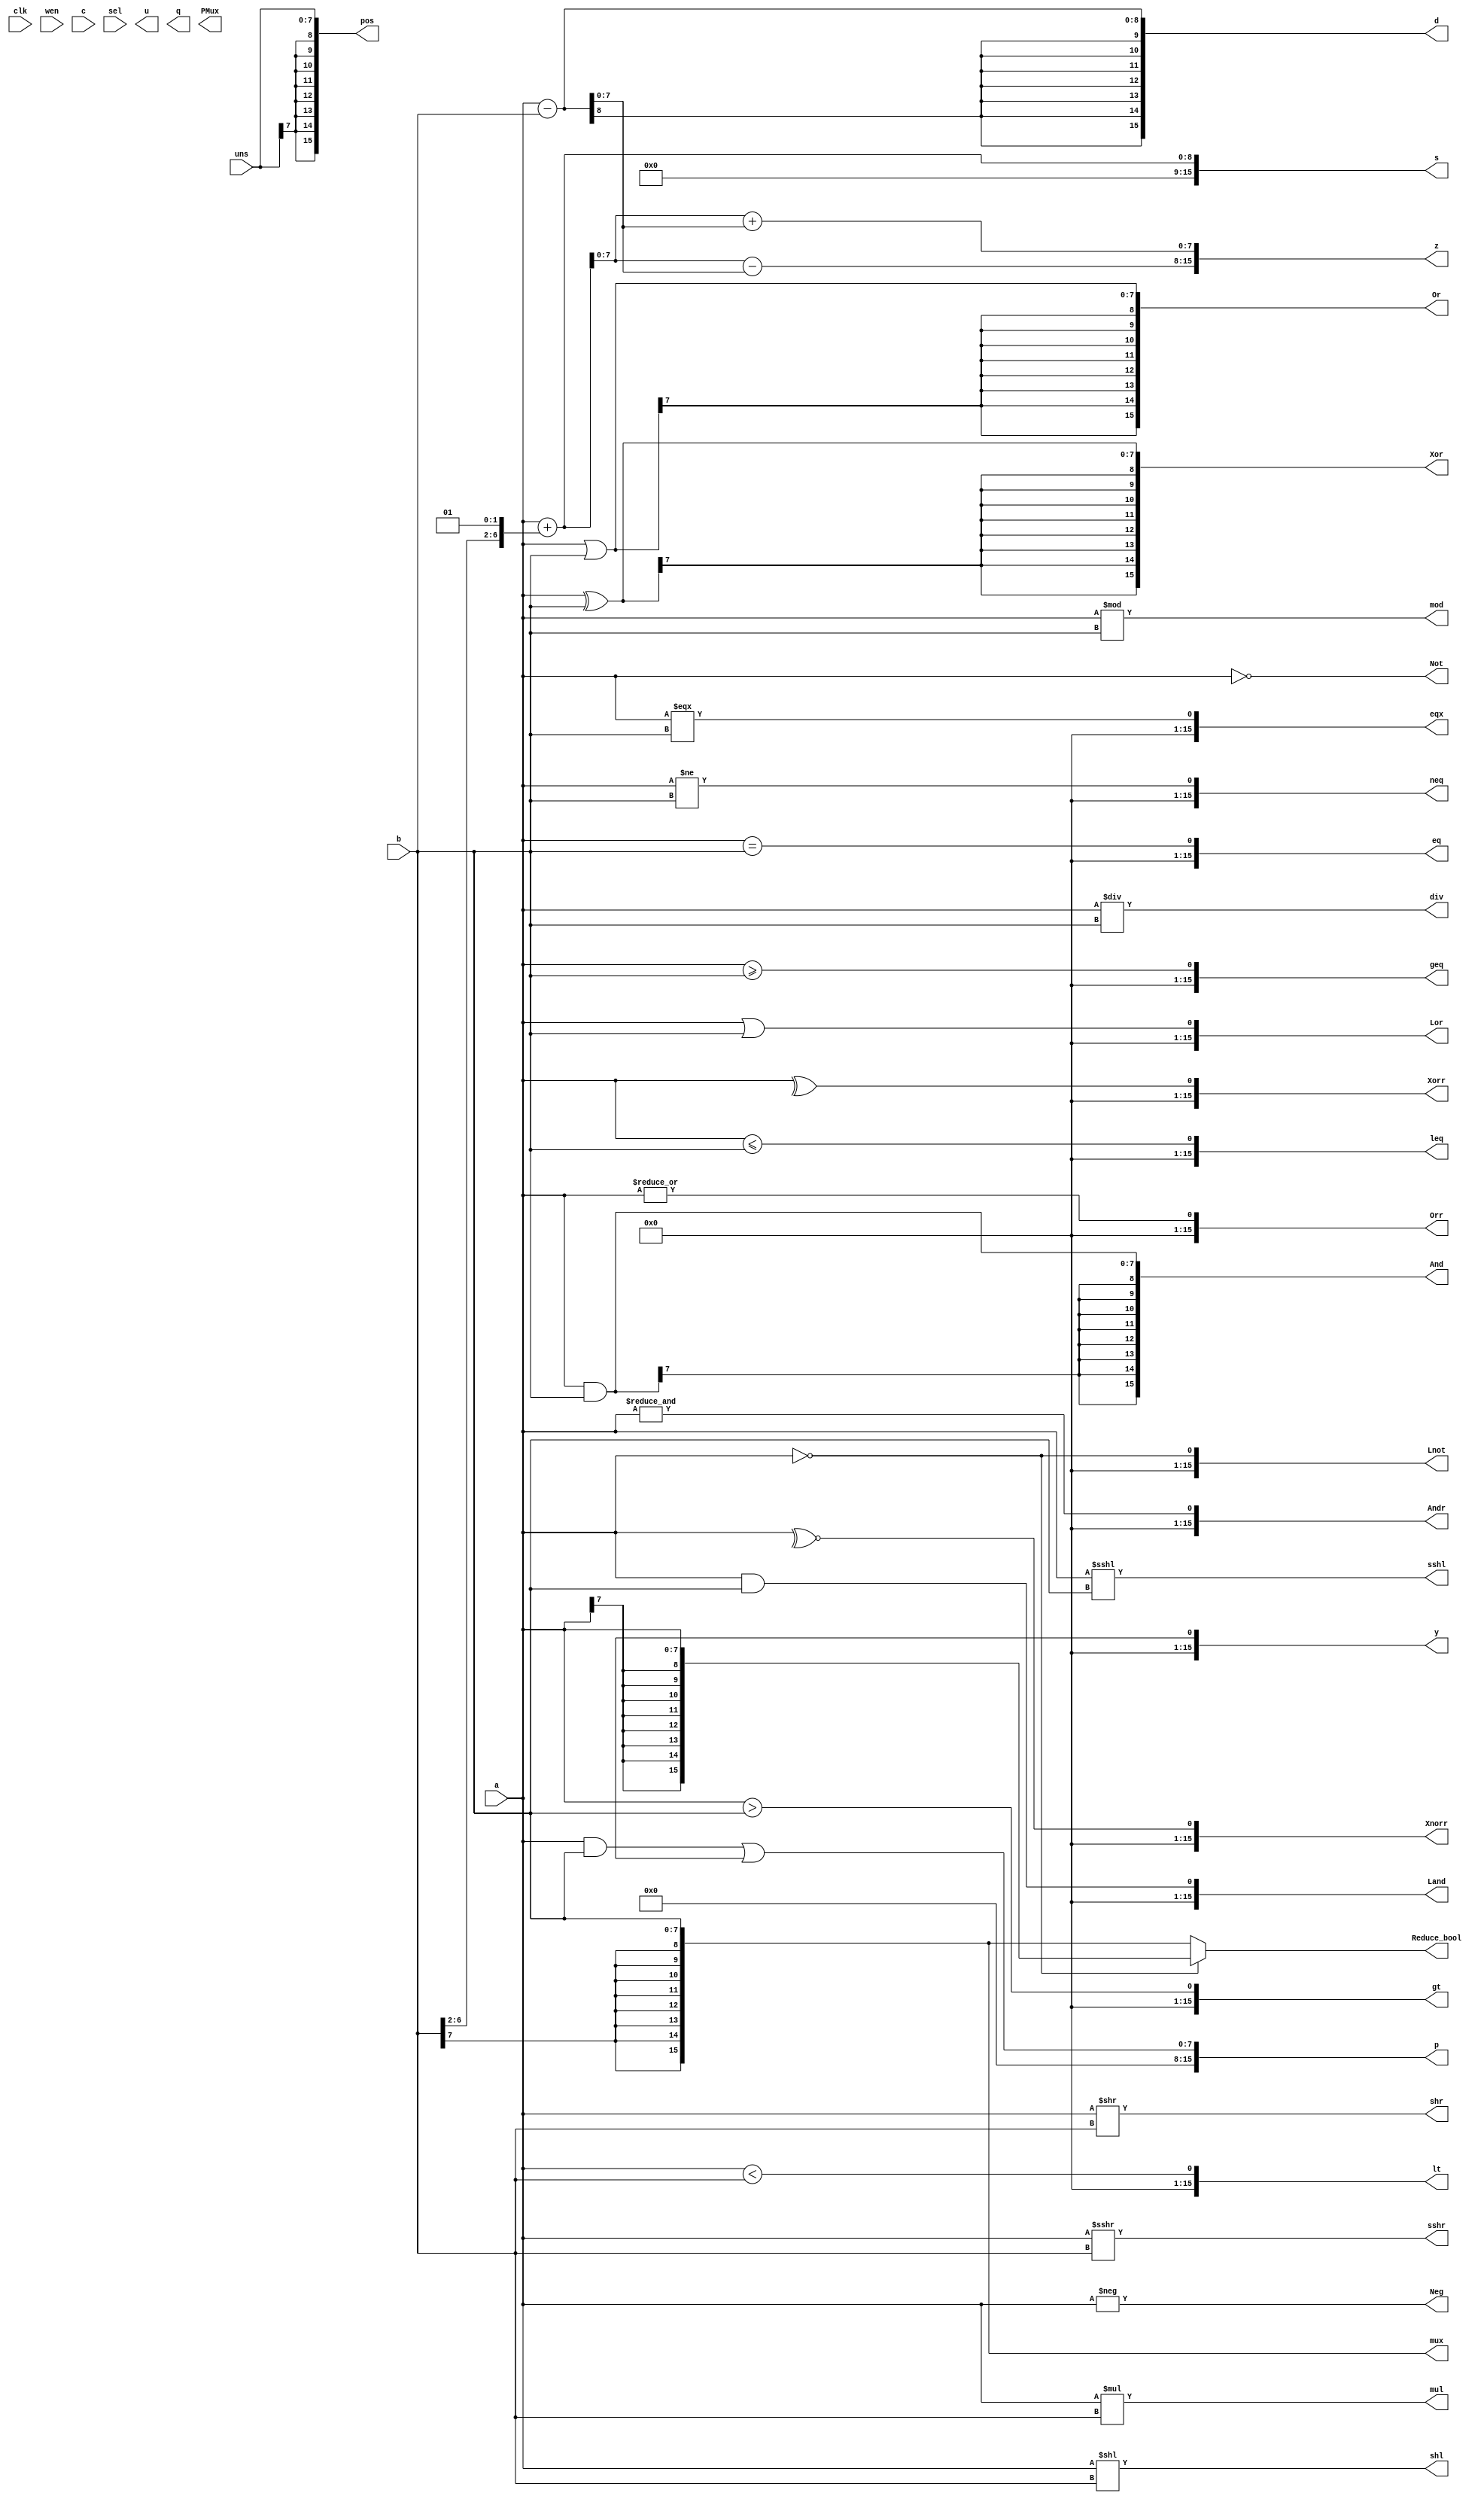
module test(
	input clk, wen,
	input [7:0] uns,
	input signed [7:0] a, b,
	input signed [23:0] c,
	input signed [2:0] sel,
	output [15:0] s, d, y, z, u, q, p, mul, div, mod, mux, And, Or, Xor, eq, neq, gt, lt, geq, leq, eqx, shr, sshr, shl, sshl, Land, Lor, Lnot, Not, Neg, pos, Andr, Orr, Xorr, Xnorr, Reduce_bool,
        output [7:0] PMux
);
        //initial begin
          //$display("shr = %b", shr);
        //end
	assign s = a+{b[6:2], 2'b1};
	assign d = a-b;
	assign y = x;
	assign z[7:0] = s+d;
	assign z[15:8] = s-d;
        assign p = a & b | x;
        assign mul = a * b;
        assign div = a / b;
        assign mod = a % b;
        assign mux = x[0] ? a : b;
        assign And = a & b;
        assign Or = a | b;
        assign Xor = a ^ b;
        assign Not = ~a;
        assign Neg = -a;
        assign eq = a == b;
        assign neq = a != b;
        assign gt = a > b;
        assign lt = a < b;
        assign geq = a >= b;
        assign leq = a <= b;
        assign eqx = a === b;
        assign shr = a >> b; //0111111111000000
        assign sshr = a >>> b;
        assign shl = a << b;
        assign sshl = a <<< b;
        assign Land = a && b;
        assign Lor = a || b;
        assign Lnot = !a;
        assign pos = $signed(uns);
        assign Andr = &a;
        assign Orr = |a;
        assign Xorr = ^a;
        assign Xnorr = ~^a;
        always @*
          if(!a) begin
             Reduce_bool = a;
          end else begin
             Reduce_bool = b;
          end
        //always @(sel or c or a)
        //  begin
        //    case (sel)
        //      3'b000: PMux = a;
        //      3'b001: PMux = c[7:0];
        //      3'b010: PMux = c[15:8];
        //      3'b100: PMux = c[23:16];
        //    endcase
        //  end

endmodule